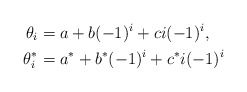
\begin{align*}\theta_i & = a + b(-1)^i + c{i}(-1)^i, \\\theta^*_i & = a^* + b^*(-1)^i + c^*{i}(-1)^i \end{align*}